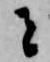
者